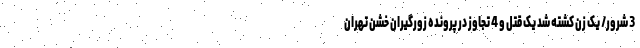
3 شرور/ یک زن کشته شد یک قتل و 4 تجاوز در پرونده زورگیران خشن تهران